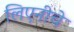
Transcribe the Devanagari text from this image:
लिएनीचे